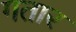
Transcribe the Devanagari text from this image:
गतार